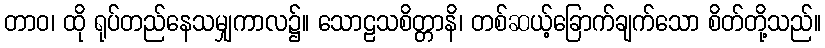
တာဝ၊ ထို ရုပ်တည်နေသမျှကာလ၌။ သောဠသစိတ္တာနိ၊ တစ်ဆယ့်ခြောက်ချက်သော စိတ်တို့သည်။